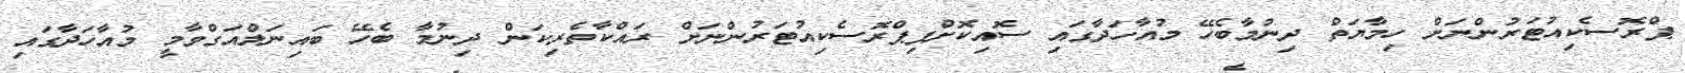
ޕްރޮސެކިއުޓަރުންނަށް ހިމާޔަތް ދިނުމާބެހޭ މުއާހަދާގައި ސޮއިކޮށްފިޕްރޮސެކިއުޓަރުންނަށް ރައްކާތެރިކަން ދިނުމާ ބެހޭ ބައިނަލްއަގްވާމީ މުއާހަދާގައި